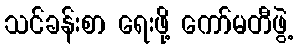
သင်ခန်းစာ ရေးဖို့ ကော်မတီဖွဲ့